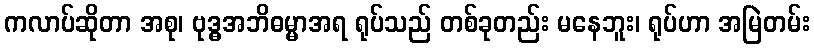
ကလာပ်ဆိုတာ အစု၊ ဗုဒ္ဓအဘိဓမ္မာအရ ရုပ်သည် တစ်ခုတည်း မနေဘူး၊ ရုပ်ဟာ အမြဲတမ်း